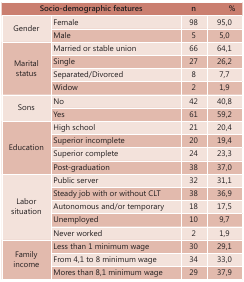
<table><thead><tr><td><b>Socio-demographic features</b></td><td><b>n</b></td><td colspan="2"><b>%</b></td></tr></thead><tbody><tr><td rowspan="2">Gender</td><td>Female</td><td>98</td><td>95,0</td></tr><tr><td>Male</td><td>5</td><td>5,0</td></tr><tr><td rowspan="4">Marital status</td><td>Married or stable union</td><td>66</td><td>64,1</td></tr><tr><td>Single</td><td>27</td><td>26,2</td></tr><tr><td>Separated/Divorced</td><td>8</td><td>7,7</td></tr><tr><td>Widow</td><td>2</td><td>1,9</td></tr><tr><td rowspan="2">Sons</td><td>No</td><td>42</td><td>40,8</td></tr><tr><td>Yes</td><td>61</td><td>59,2</td></tr><tr><td rowspan="4">Education</td><td>High school</td><td>21</td><td>20,4</td></tr><tr><td>Superior incomplete</td><td>20</td><td>19,4</td></tr><tr><td>Superior complete</td><td>24</td><td>23,3</td></tr><tr><td>Post-graduation</td><td>38</td><td>37,0</td></tr><tr><td rowspan="5">Labor situation </td><td>Public server</td><td>32</td><td>31,1</td></tr><tr><td>Steady job with or without CLT</td><td>38</td><td>36,9</td></tr><tr><td>Autonomous and/or temporary </td><td>18</td><td>17,5</td></tr><tr><td>Unemployed</td><td>10</td><td>9,7</td></tr><tr><td>Never worked</td><td>2</td><td>1,9</td></tr><tr><td rowspan="3">Family income</td><td>Less than 1 minimum wage</td><td>30</td><td>29,1</td></tr><tr><td>From 4,1 to 8 minimum wage</td><td>34</td><td>33,0</td></tr><tr><td>Mores than 8,1 minimum wage</td><td>29</td><td>37,9</td></tr></tbody></table>